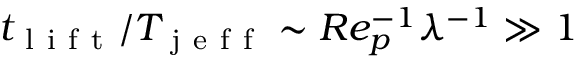
t _ { \mathrm { ~ l ~ i ~ f ~ t ~ } } / T _ { \mathrm { ~ j ~ e ~ f ~ f ~ } } \sim R e _ { p } ^ { - 1 } \lambda ^ { - 1 } \gg 1